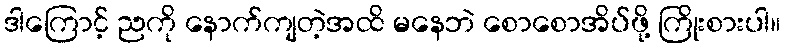
ဒါကြောင့် ညကို နောက်ကျတဲ့အထိ မနေဘဲ စောစောအိပ်ဖို့ ကြိုးစားပါ။